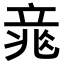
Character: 𥪐